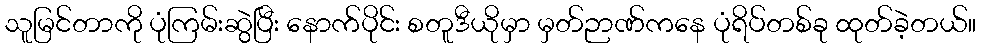
သူမြင်တာကို ပုံကြမ်းဆွဲပြီး နောက်ပိုင်း စတူဒီယိုမှာ မှတ်ဉာဏ်ကနေ ပုံရိပ်တစ်ခု ထုတ်ခဲ့တယ်။